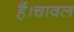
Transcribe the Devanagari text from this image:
हैं।चावल